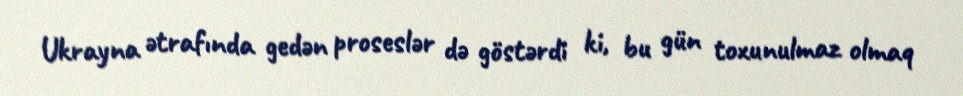
Ukrayna ətrafında gedən proseslər də göstərdi ki, bu gün toxunulmaz olmaq